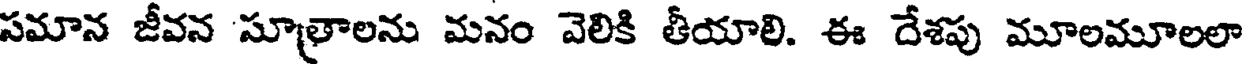
సమాన జీవన సూత్రాలను మనం వెలికి తీయాలి. ఈ దేశపు మూలమూలలా